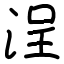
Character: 浧